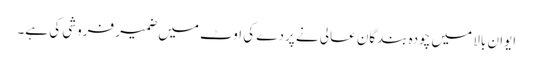
ایوان بالا میں چودہ بندگان عالی نے پردے کی اوٹ میں ضمیر فروشی کی ہے۔